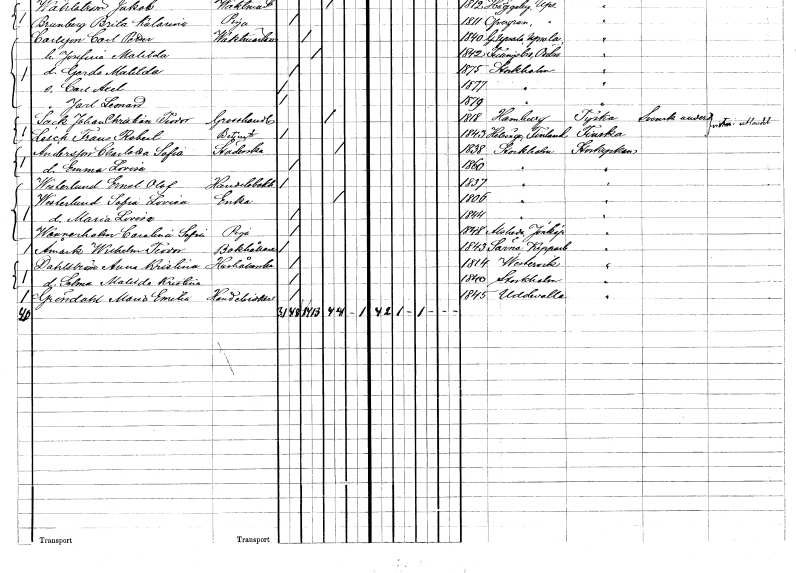
gt_parse: households: individuals: FN: Charlotta Sofia
EN: Andersson
YRKE: Städerska
KON: K
CIV: E
FODAR: 1838
FODFORS: Stockholm
FN: Emma Lovisa
KON: K
CIV: O
FODAR: 1860
FODFORS: Stockholm
FN: Ernst Olof
EN: Westerlund
YRKE: Handelsbokhållare
KON: M
CIV: O
FODAR: 1837
FODFORS: Stockholm
FN: Sofia Lovisa
EN: Westerlund
YRKE: Änka
KON: K
CIV: E
FODAR: 1806
FODFORS: Stockholm
FN: Maria Lovisa
KON: K
CIV: O
FODAR: 1844
FODFORS: Stockholm
FN: Carolina Sofia
EN: Wennerholm
YRKE: Piga
KON: K
CIV: O
FODAR: 1848
FODFORS: Alseda Jönköpings län
FN: Wilhelm Teodor
EN: Åmark
YRKE: Bokhållare
KON: M
CIV: O
FODAR: 1843
FODFORS: Särna Kopparbergs län
FN: Anna Kristina
EN: Dahlström
YRKE: Hushållerska
KON: K
CIV: O
FODAR: 1814
FODFORS: Västervik Kalmar län
FN: Selma Matilda Kristina
KON: K
CIV: O
FODAR: 1840
FODFORS: Stockholm
FN: Maria Emelia
EN: Gröndahl
YRKE: Handelsidkerska
KON: K
CIV: O
FODAR: 1845
FODFORS: Uddevalla Göteborgs- och Bohuslän